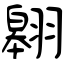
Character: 翱